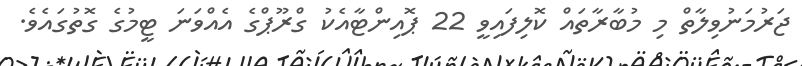
ޖަރުމަނުވިލާތް މި މުބާރާތައް ކޮލިފައިވީ 22 ޕޮއިންޓާއެކު ގްރޫޕްގެ އެއްވަނަ ޓީމުގެ ގޮތުގައެވެ.